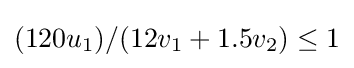
(120u_{1})/(12v_{1}+1.5v_{2})\leq 1